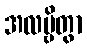
အလမ္ဗိတွာ